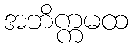
အဘိက္ကမထ